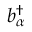
b _ { \alpha } ^ { \dagger }